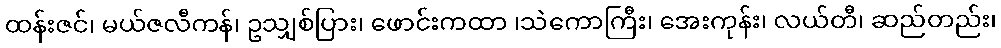
ထန်းဇင်၊ မယ်ဇလီကန်၊ ဥသျှစ်ပြား၊ ဖောင်းကထာ ၊သဲကောကြီး၊ အေးကုန်း၊ လယ်တီ၊ ဆည်တည်း၊